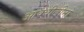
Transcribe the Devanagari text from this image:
आक्वीलीनो